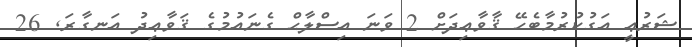
ޝަރުޢީ އަގުކުރުމާބެހޭ ޤާވާޢިދަށް 2 ވަނަ އިސްލާޙް ގެނައުމުގެ ޤަވާޢިދު އަނގާރަ